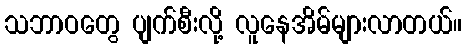
သဘာဝတွေ ပျက်စီးလို့ လူနေအိမ်များလာတယ်။